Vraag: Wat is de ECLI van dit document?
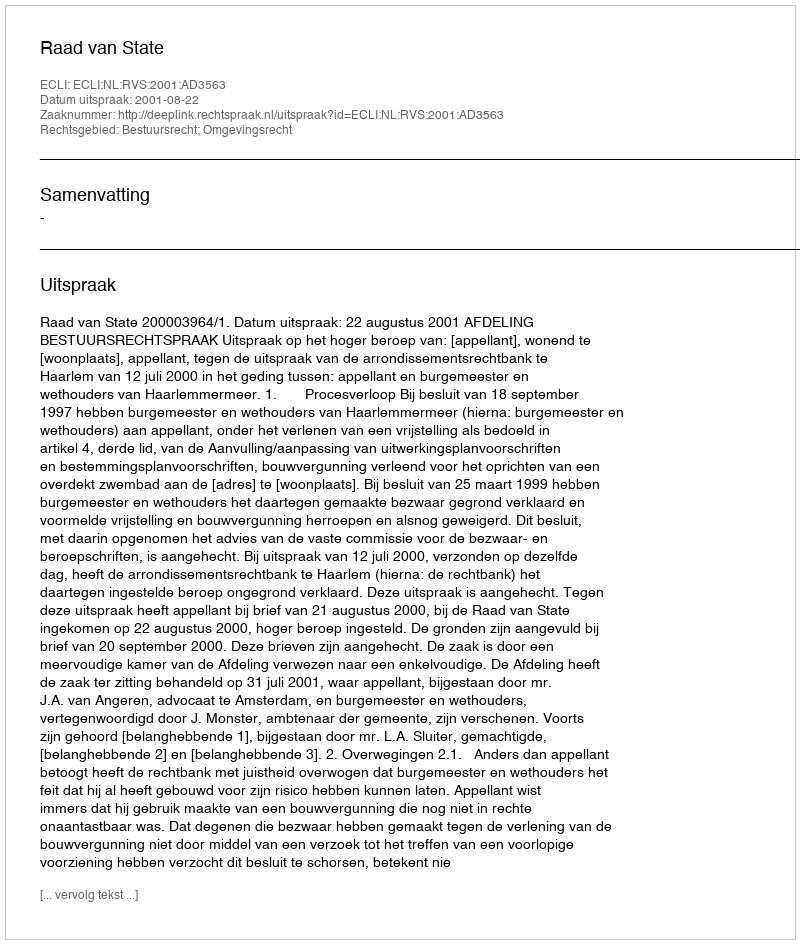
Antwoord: ECLI:NL:RVS:2001:AD3563